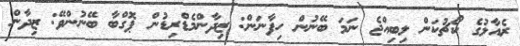
ރެއާލުގެ ކޯޗުކަން ލިބިއްޖެ ނަމަ ބޭނުން ހިފާނަން: ޒިދާންމެޑްރިޑުން ޕޮގްބާ ބޭނުންވޭ: ޒިދާން